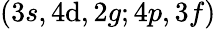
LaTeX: (3s,4\mathrm{d},2g;4p,3f)